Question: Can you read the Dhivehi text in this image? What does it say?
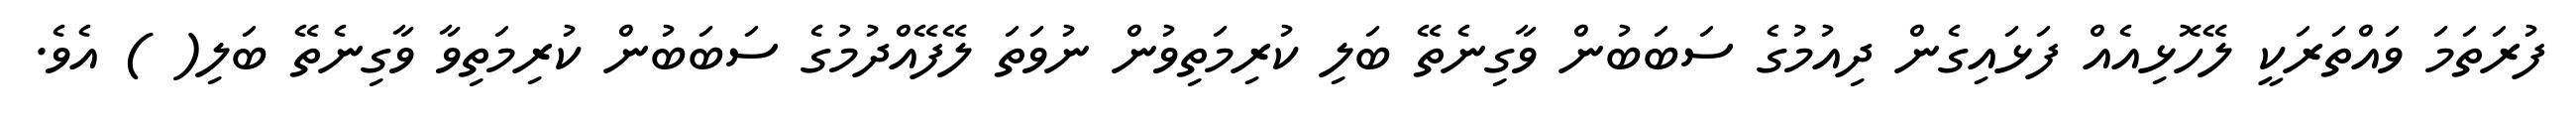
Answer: ފުރަތަމަ ވައްތަރަކީ ލޭހޮޅިއެއް ފަޅައިގެން ދިއުމުގެ ސަބަބުން ވާގިނެތޭ ބަލި ކުރިމަތިވުން ނުވަތަ ލޭފޭއްދުމުގެ ސަބަބުން ކުރިމަތިވާ ވާގިނެތޭ ބަލި( ) އެވެ.